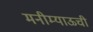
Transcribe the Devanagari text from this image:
मनीम्याऊची